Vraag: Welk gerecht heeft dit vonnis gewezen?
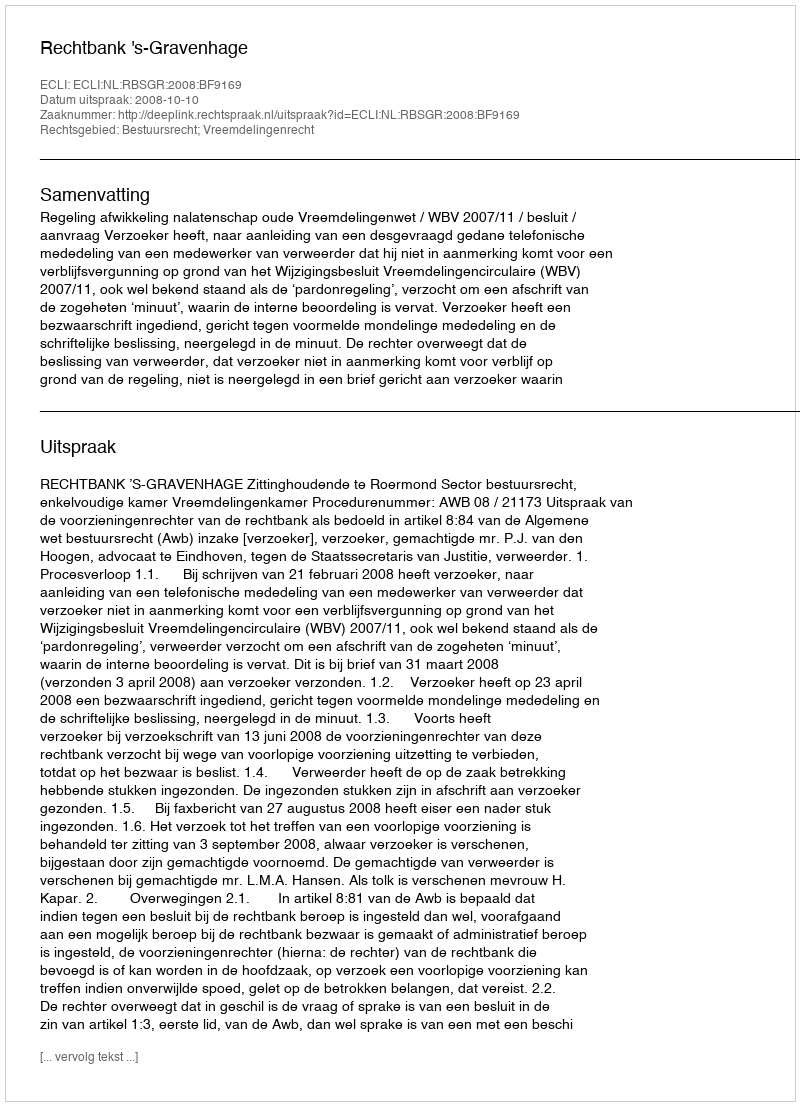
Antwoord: Rechtbank 's-Gravenhage